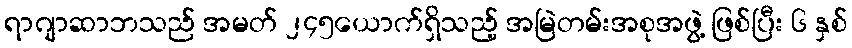
ရာဂျာဆာဘသည် အမတ် ၂၄၅ယောက်ရှိသည့် အမြဲတမ်းအစုအဖွဲ့ ဖြစ်ပြီး ၆ နှစ်